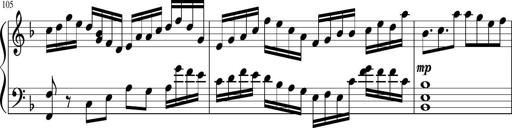
Title: Sonatina in F major
Composer: Ethan Ngo
Key: F major